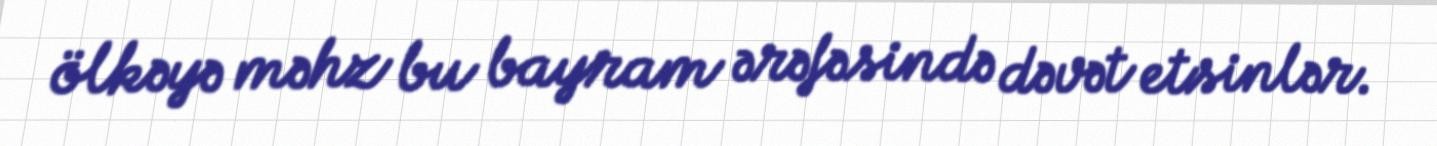
ölkəyə məhz bu bayram ərəfəsində dəvət etsinlər.